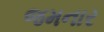
જમનાર